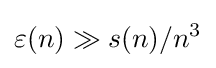
\varepsilon (n)\gg s(n)/n^{3}